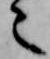
々